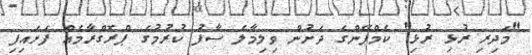
"މަދިރި ރުޅި ރުޅި" ކެމްޕޭންގެ ދަށުން ވިލިމާލެ ސާފު ކުރުމުގެ ޕްރޮގްރާމެއް ފަށައިފި